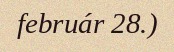
február 28.)